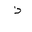
Letter: _thal